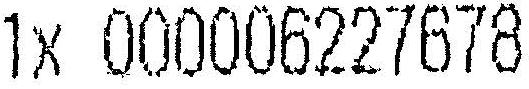
1X 000006227678